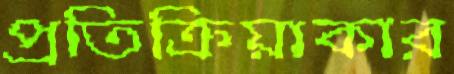
প্রতিক্রিয়াকার